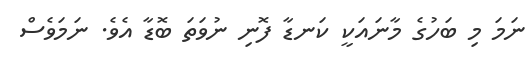
ނަމަ މި ބަހުގެ މާނައަކީ ކަނޑާ ފޮނި ނުވަތަ ބޮޑާ އެވެ. ނަމަވެސް